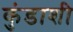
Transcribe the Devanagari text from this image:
कुंडाशी